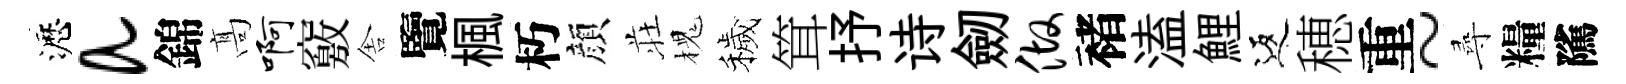
瀝a錦髙啊竅舎覽楓朽顔荘槐穢䇯抒诗劒做褚溘鯉返穂重~尋糧隲